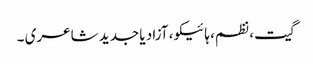
گیت، نظم، ہائیکو، آزاد یا جدید شاعری ۔